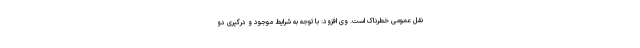
نقل عمومی خطرناک است. وی افزود: با توجه به شرایط موجود و درگیری دو